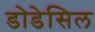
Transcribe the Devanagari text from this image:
डोडेसिल